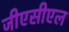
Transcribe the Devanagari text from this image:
जीएसीएल